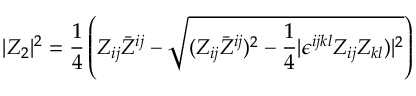
| Z _ { 2 } | ^ { 2 } = { \frac { 1 } { 4 } } \left( Z _ { i j } \bar { Z } ^ { i j } - \sqrt { ( Z _ { i j } \bar { Z } ^ { i j } ) ^ { 2 } - { \frac { 1 } { 4 } } | \epsilon ^ { i j k l } Z _ { i j } Z _ { k l } ) | ^ { 2 } } \right)